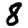
Digit: 8